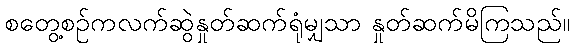
စတွေ့စဉ်ကလက်ဆွဲနှုတ်ဆက်ရုံမျှသာ နှုတ်ဆက်မိကြသည်။